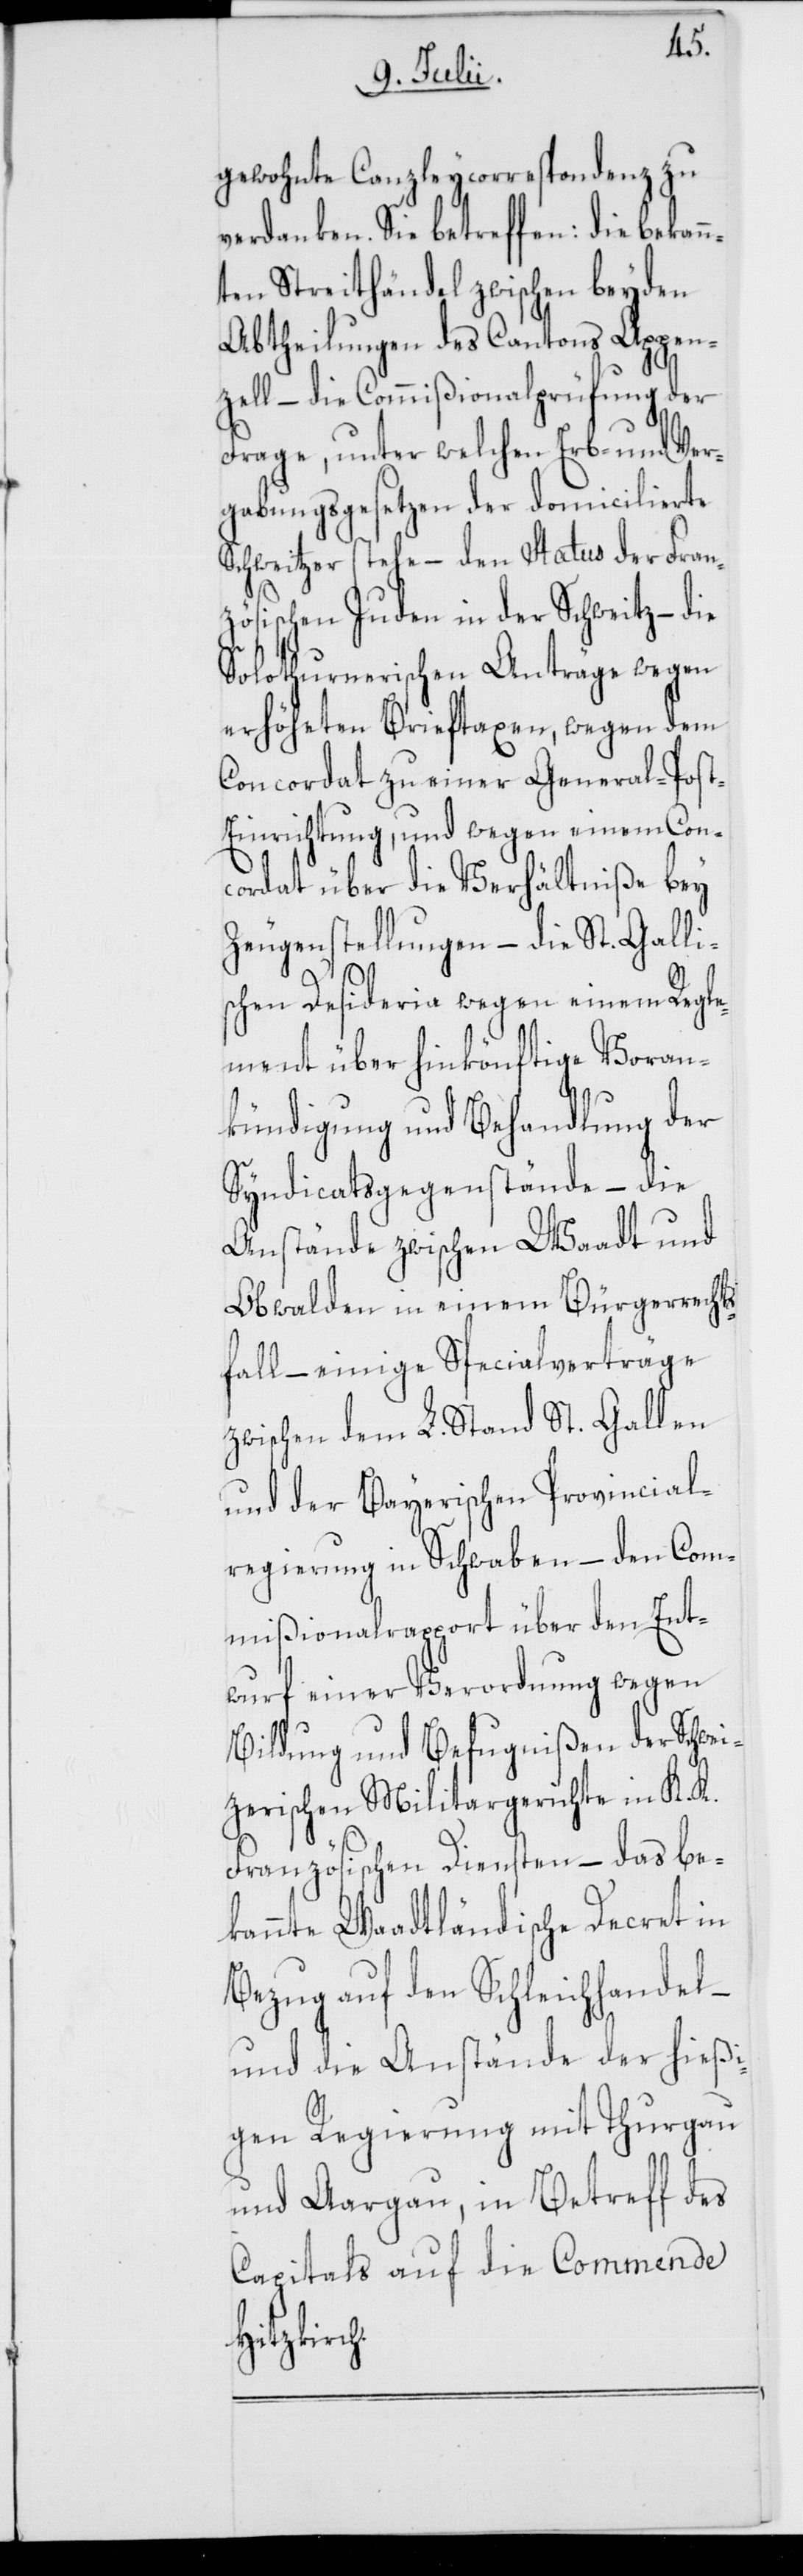
gewohnte Canzleycorrespondenz zu
verdanken. Sie betreffen: die bekan¬
nten Streithändel zwischen beyden
Abtheilungen des Cantons Appen¬
zell – die Commißionalprüfung der
Frage, unter welchen Erb- und Ver¬
gabungsgesetzen der domicilierte
Schweitzer stehe – den Status der Fran¬
zösischen Juden in der Schweitz – die
Solothurnerischen Anträge wegen
erhöheten Brieftaxen, wegen dem
Concordat zu einer General-Pos¬
t-Einrichtung, und wegen einem Con¬
cordat über die Verhältniße bey
Zeugenstellungen – die St. Galli¬
schen Desideria wegen einem Regle¬
ment über hinkönftige Voran¬
kündigung und Behandlung der
Syndicatsgegenstände – die
Anstände zwischen Waadt und
Obwalden in einem Bürgerrecht¬
sfall – einige Specialverträge
zwischen dem L. Stand St. Gallen
und der Bayerischen Provincial¬
regierung in Schwaben – den Com¬
mißionalrapport über den Ent¬
wurf einer Verordnung wegen
Bildung und Befugnißen der Schwei¬
tzerischen Militargerichte in K. K.
Französischen Diensten – das be¬
kannte Waadtländische Decret in
Bezug auf den Schleichhandel –
und die Anstände der hießi¬
gen Regierung mit Thurgau
und Aargau, in Betreff des
Capitals auf die Commende
Hitzkirch.